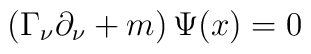
\left( \Gamma _\nu \partial _\nu +m\right) \Psi (x)=0